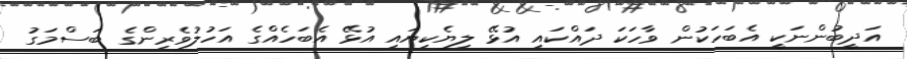
އަދީބުންނަކީ އެބަހަކުން ވާހަކަ ދައްކައި އުޅޭ ލިޔެކިޔައި އުޅޭ އެބަހެއްގެ އަހުލުވެރިންގެ ބަސްމަގު